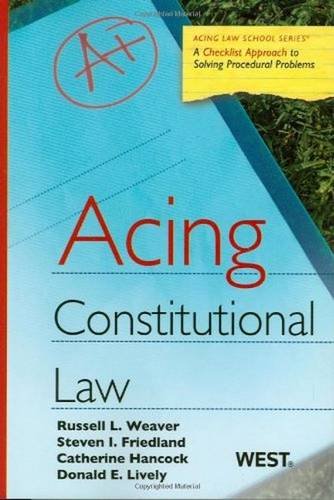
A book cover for Acing Constitutional Law (Acing Law School) (Acing Series); Russell Weaver; Law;